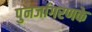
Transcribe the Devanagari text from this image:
पुनर्जागरणके